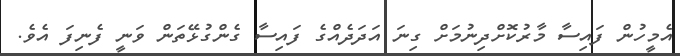
އެމީހުން ފައިސާ މާރުކޮށްދިނުމަށް ގިނަ އަދަދެއްގެ ފައިސާ ގެންގުޅޭތަން ވަނީ ފެނިފަ އެވެ.